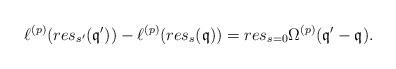
LaTeX: \begin{align*} \ell^{(p)}(res_{s'}(\mathfrak{q}'))-\ell^{(p)} (res_{s}(\mathfrak{q}))=res_{s=0} \Omega ^{(p)}(\mathfrak{q}'-\mathfrak{q}).\end{align*}